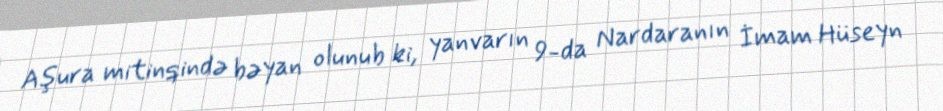
Aşura mitinqində bəyan olunub ki, yanvarın 9-da Nardaranın İmam Hüseyn